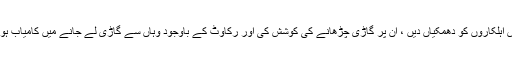
پولیس اہلکاروں کو دھمکیاں دیں ، ان پر گاڑی چڑھانے کی کوشش کی اور رکاوٹ کے باوجود وہاں سے گاڑی لے جانے میں کامیاب ہوگئیں۔